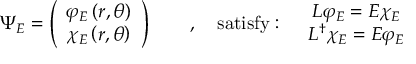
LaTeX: \Psi _ { E } = \left( \begin{array} { c } { { \varphi _ { E } \left( r , \theta \right) } } \\ { { \chi _ { E } \left( r , \theta \right) } } \end{array} \right) \qquad , \quad \mathrm { s a t i s f y : } \quad \begin{array} { c } { { L \varphi _ { E } = E \chi _ { E } } } \\ { { L ^ { \dag } \chi _ { E } = E \varphi _ { E } } } \end{array}